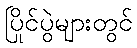
ပြိုင်ပွဲများတွင်